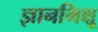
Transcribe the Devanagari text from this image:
ज्ञानभिक्षू